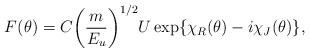
LaTeX: \begin{align*}F(\theta)=C{\left( \frac{m}{E_{u}} \right)}^{1/2} U\exp\{\chi_{R}(\theta)-i\chi_{J}(\theta)\},\end{align*}